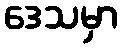
ဒေသမှာ